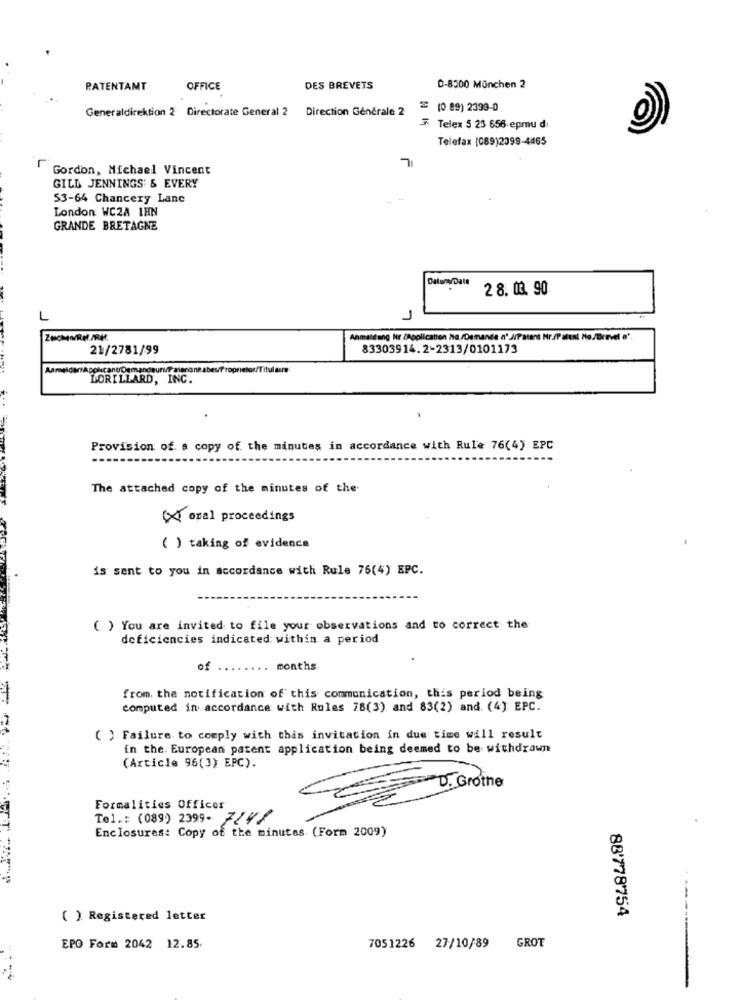
PATENTAMT
OFFICE
DES BREVETS
0-8300 München 2
Generaldirektion 2 Directorate General 2 Direction Generale 2
= (0 89) 2399-0
3 Telex 5 23 656 epmu di
Telefax (089)2099-4465
Gordon, Michael Vincent
GILL JENNINGS' & EVERY
53-64 Chancery Lane
London WC2A 1HN
GRANDE BRETAGNE
Datony/Dall
28. 03. 90
L
1
Anmeldung Nr čApplication Na./Demande d' J/Patent Nr./Patent No./Brrvel e".
21/2781/99
83303914.2-2313/0101173
LORILLARD, INC.
Provision of a copy of the minutes in accordance with Rule 76(4) EPC
The attached copy of the minutes of the
(X oral proceedings
( ) taking of evidence
is sent to you in accordance with Rule 76(4) EPC.
( ) You are invited to file your observations and to correct the
deficiencies indicated within a period
of
months
from. the notification of this communication, this period being
computed in accordance with Rules 78(3) and 83(2) and. (4) EPC.
( ) Failure to comply with this invitation in due time will result
in the. European patent application being deemed to be withdrawn
(Article 96(3) EPC).
Formalities Officer
Tel .: (089) 2399- 7141
Enclosures: Copy of the minutes (Form 2009)
88'778754
( ). Registered letter
EPO Form 2042 12.85.
7051226 27/10/89
GROT
----